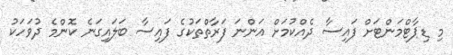
މި ޑިޕާޓްމަންޓަށް ފައިސާ ދެއްކުމަށް އަންނަ ފަރާތްތަކުގެ ފައިސާ ބަލައިގަނެ ކޮންމެ ދުވަހަކު